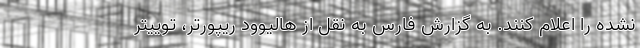
نشده را اعلام کنند. به گزارش فارس به نقل از هالیوود ریپورتر، توییتر